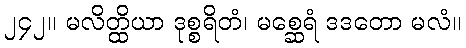
၂၄၂။ မလိတ္ထိယာ ဒုစ္စရိတံ၊ မစ္ဆေရံ ဒဒတော မလံ။